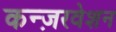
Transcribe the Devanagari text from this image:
कन्ज़रवेशन